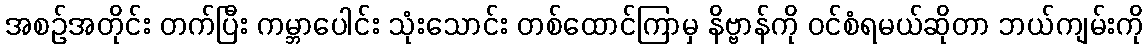
အစဉ်အတိုင်း တက်ပြီး ကမ္ဘာပေါင်း သုံးသောင်း တစ်ထောင်ကြာမှ နိဗ္ဗာန်ကို ဝင်စံရမယ်ဆိုတာ ဘယ်ကျမ်းကို